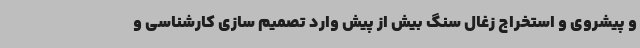
و پیشروی و استخراج زغال سنگ بیش از پیش وارد تصمیم سازی کارشناسی و